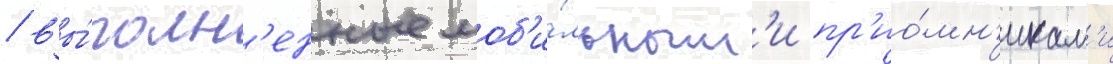
/ вы́полн'енные моб'и́льным'и пр'ио́мн'икам'и